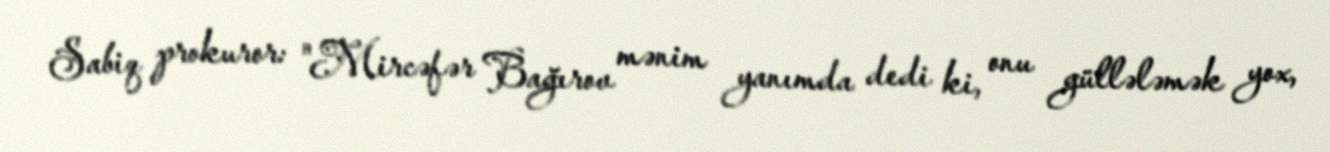
Sabiq prokuror: "Mircəfər Bağırov mənim yanımda dedi ki, onu güllələmək yox,